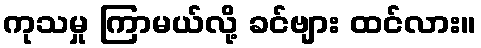
ကုသမှု ကြာမယ်လို့ ခင်ဗျား ထင်လား။